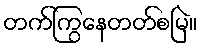
တက်ကြွနေတတ်စမြဲ။